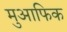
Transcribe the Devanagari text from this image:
मुआफिक